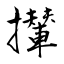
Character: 攆